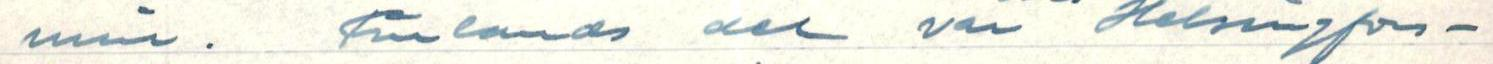
min. Finlands del var Helsingfors-